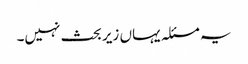
یہ مسئلہ یہاں زیر بحث نہیں۔